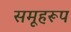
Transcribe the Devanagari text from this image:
समूहरूप